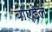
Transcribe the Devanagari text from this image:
बॉएडेल